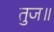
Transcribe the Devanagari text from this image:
तुज॥